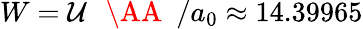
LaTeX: {W=\mathcal U\, \mathrm{~{~\AA~}~}/a_{0}\approx 14.39965}